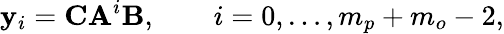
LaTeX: \mathbf{y}_{i}=\mathbf{C}\mathbf{A}^{i}\mathbf{B},\qquad i=0,\dots,m_{p}+m_{o}-2,